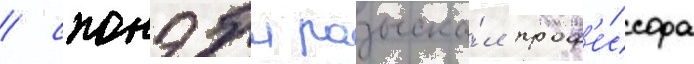
/ спонэбл разыска́л проф'е́ссора